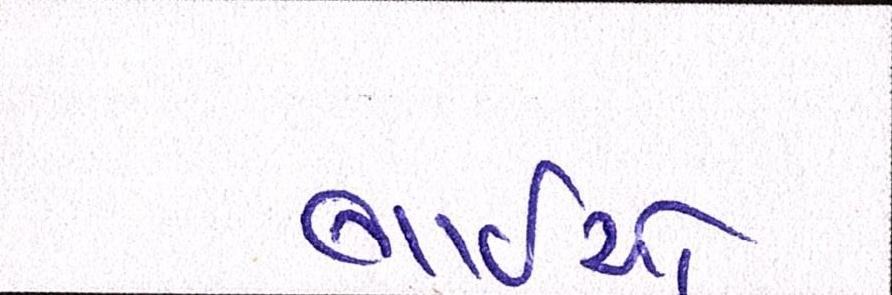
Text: ભાઈઓ